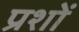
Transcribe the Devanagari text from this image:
प्रशों